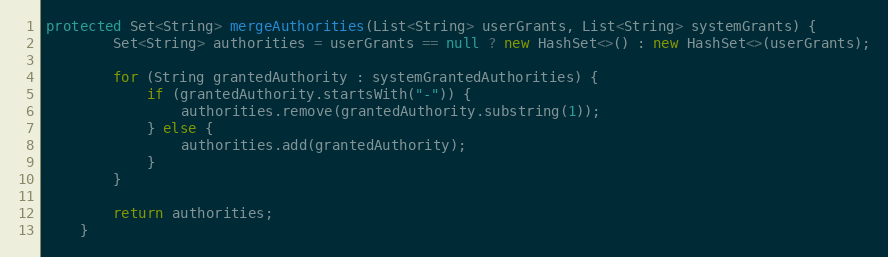
Language: Java
protected Set<String> mergeAuthorities(List<String> userGrants, List<String> systemGrants) {
        Set<String> authorities = userGrants == null ? new HashSet<>() : new HashSet<>(userGrants);

        for (String grantedAuthority : systemGrantedAuthorities) {
            if (grantedAuthority.startsWith("-")) {
                authorities.remove(grantedAuthority.substring(1));
            } else {
                authorities.add(grantedAuthority);
            }
        }

        return authorities;
    }